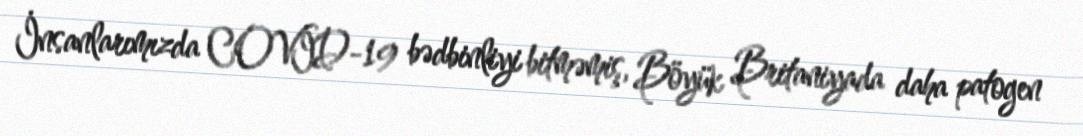
İnsanlarımızda COVİD-19 bədbinliyi bitməmiş, Böyük Britaniyada daha patogen